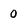
Character: 0